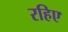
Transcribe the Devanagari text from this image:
रहिए